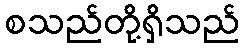
စသည်တို့ရှိသည်